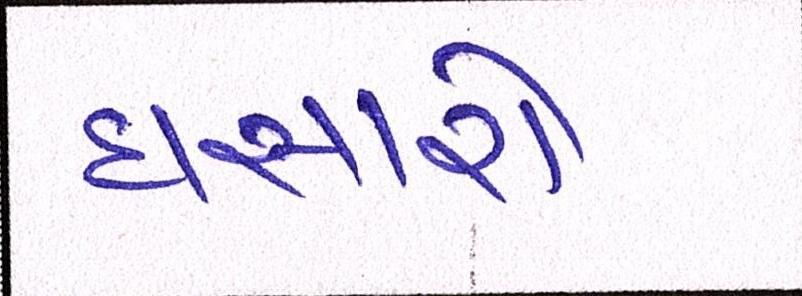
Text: ઘસારો